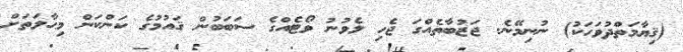
(ޤިޔާމަތްދުވަހަކު) ނުނިމޭނެ. ޖަޒުބާތެއްގަ ޖެހި ލެވުނު ވޯޓެއްގެ ސަބަބުން ޤައުމުގެ ކަންކަން މިޙާލަތަށް